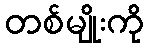
တစ်မျိုးကို